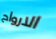
الارواح